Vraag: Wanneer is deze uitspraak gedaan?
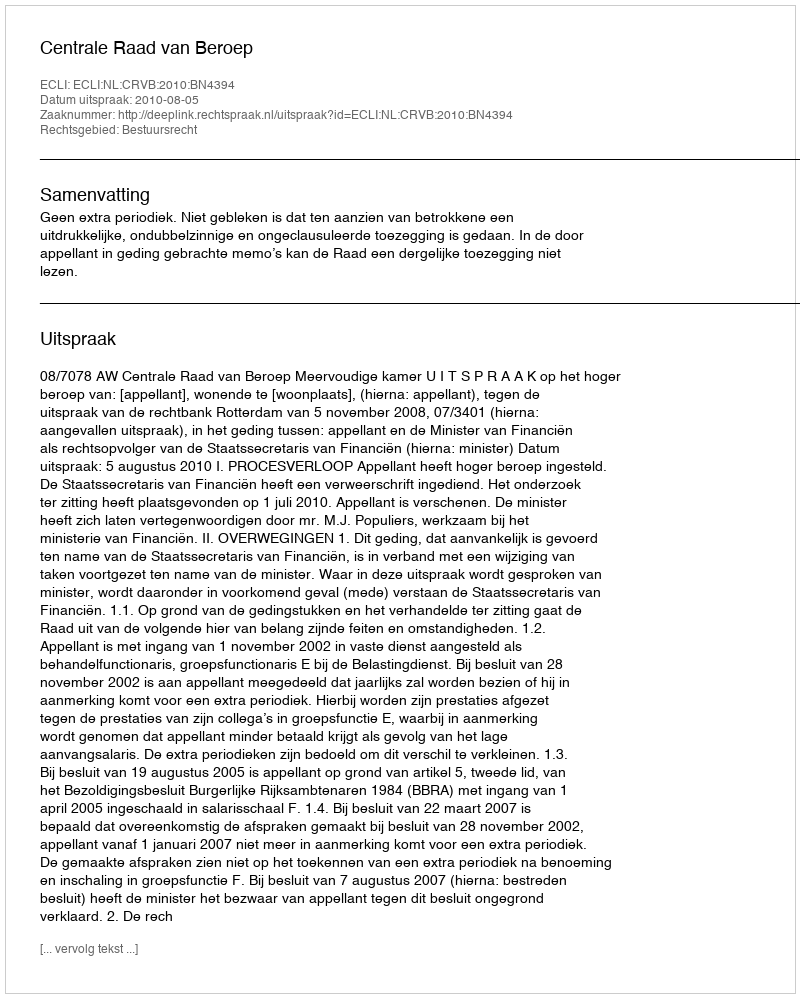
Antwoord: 2010-08-05